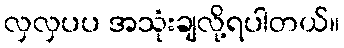
လှလှပပ အသုံးချလို့ရပါတယ်။